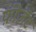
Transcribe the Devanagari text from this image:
फ़ीज़ॅंट